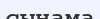
сынама